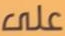
على